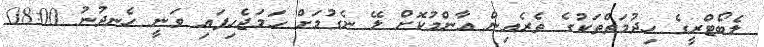
ލެބޯޓްރީގެ ހިދުމަތްތަކުގެ ތެރެއިން އާންމުކޮށް ލޭ ނެގުމަށް ހަމަޖެހިފައި ވަނީ ހެނދުނު 08:00